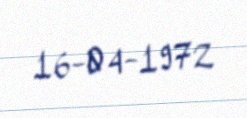
16-04-1972